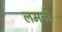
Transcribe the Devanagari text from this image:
लमनी